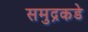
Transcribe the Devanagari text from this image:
समुद्रकडे